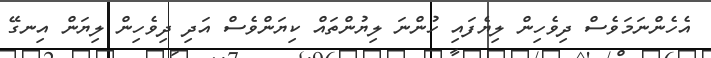
އެހެންނަމަވެސް ދިވެހިން ލިޔެފައި ހުންނަ ލިޔުންތައް ކިޔަންވެސް އަދި ދިވެހިން ލިޔަން އިނގޭ